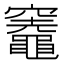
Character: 𥩋